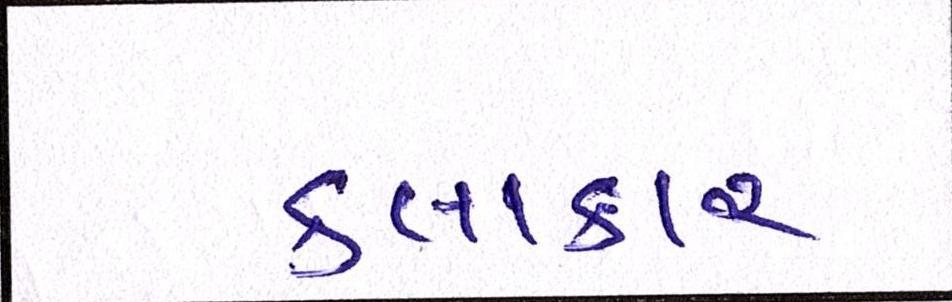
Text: કલાકાર